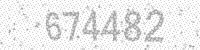
Solution: 674482